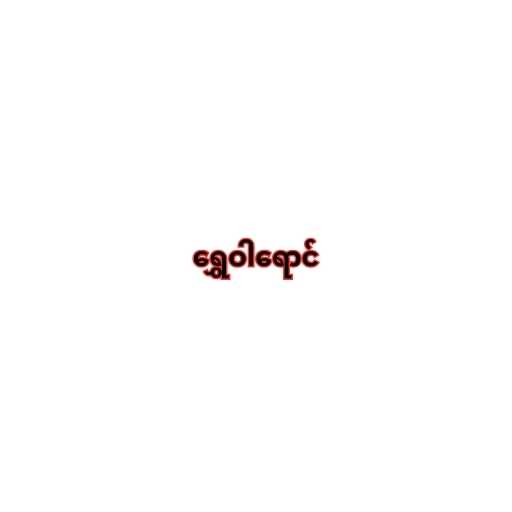
ရွှေဝါရောင်